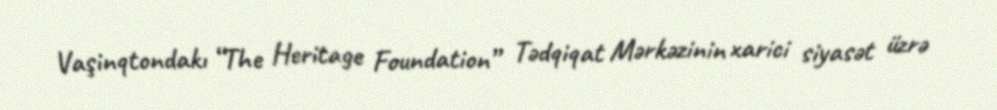
Vaşinqtondakı “The Heritage Foundation” Tədqiqat Mərkəzinin xarici siyasət üzrə